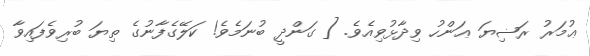
ޢުމަރު ރަޟިޔަ ޢަންހު ވިދާޅުވިއެވެ. [ ގަންދީ ބުނަމެވެ! ކަލޭގެފާނުގެ ތިޔަ ބުރިވެފައިވާ